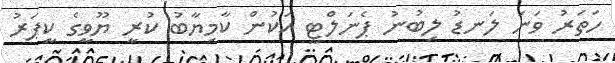
ހަތަރު ވަނަ ލަނޑު ލިބުނު ޕެނަލްޓީ އަކުން ކާމިޔާބު ކުރީ ޔޫވީގެ ކީޕަރު